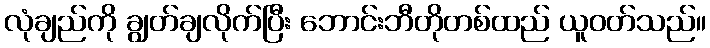
လုံချည်ကို ချွတ်ချလိုက်ပြီး ဘောင်းဘီတိုတစ်ထည် ယူဝတ်သည်။